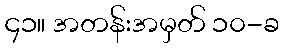
၄၁။ အတန်းအမှတ် ၁၀-ခ